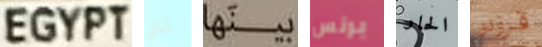
EGYPT تم بينها برنس الحار فرودو